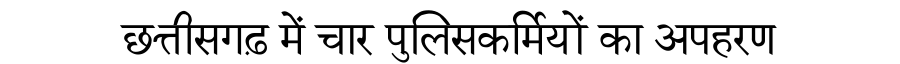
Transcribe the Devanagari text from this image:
छत्तीसगढ़ में चार पुलिसकर्मियों का अपहरण